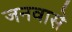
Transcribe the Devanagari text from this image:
जनवासे